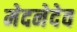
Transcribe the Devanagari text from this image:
मेदनेदेव